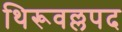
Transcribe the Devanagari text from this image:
थिरूवल्लपद